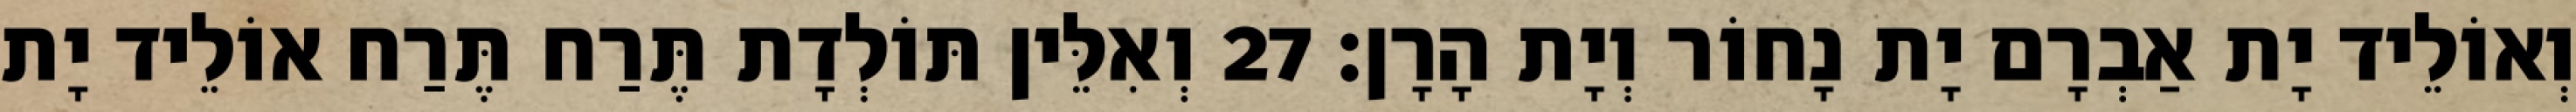
וְאוֹלֵיד יָת אַבְרָם יָת נָחוֹר וְיָת הָרָן׃ 27 וְאִלֵּין תּוֹלְדָת תֶּרַח תֶּרַח אוֹלֵיד יָת